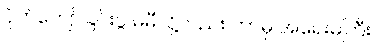
ပိုက်ကျော်ခြင်းပွဲ မမီလို့လည်း ဘာမှ အရေးမကြီး။